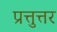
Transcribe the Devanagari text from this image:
प्रत्तुत्तर